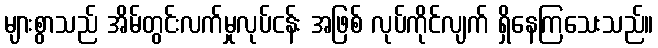
များစွာသည် အိမ်တွင်းလက်မှုလုပ်ငန်း အဖြစ် လုပ်ကိုင်လျက် ရှိနေကြသေးသည်။